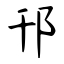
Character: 邗